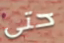
حتى